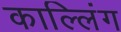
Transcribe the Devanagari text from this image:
काल्लिंग